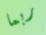
ربما